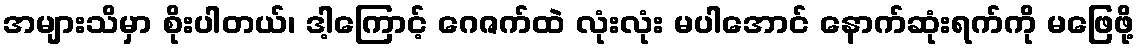
အများသိမှာ စိုးပါတယ်၊ ဒါ့ကြောင့် ဂေဇက်ထဲ လုံးလုံး မပါအောင် နောက်ဆုံးရက်ကို မဖြေဖို့